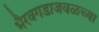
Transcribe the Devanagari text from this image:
भैरवगडाजवळच्या